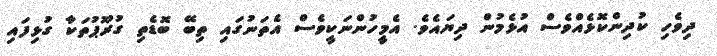
ދިވެހި ކުދިންކޮޅެއްވެސް އުޅެމުން ދިޔައެވެ. އެމީހުންނަކީވެސް އެތަނުގައި ތިބޭ ބޮޑެތި ގުރޫޕުތަކާ ގުޅިފައި